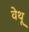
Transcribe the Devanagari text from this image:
वेथू